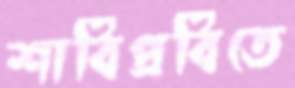
শাবিপ্রবিতে